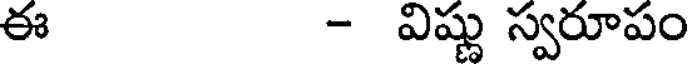
ఈ - విష్ణు స్వరూపం